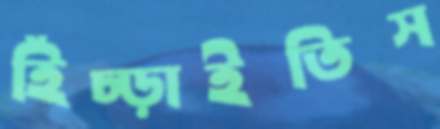
হিঁচ্‌ড়াইতিস